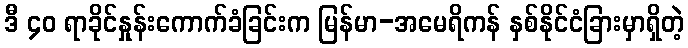
ဒီ ၄၀ ရာခိုင်နှုန်းကောက်ခံခြင်းက မြန်မာ-အမေရိကန် နှစ်နိုင်ငံခြားမှာရှိတဲ့